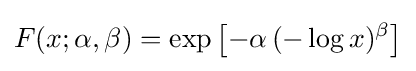
F(x;\alpha ,\beta )=\exp \left[-\alpha \,(-\log x)^{\beta }\right]